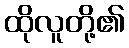
ထိုလူတို့၏